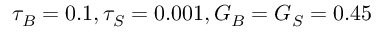
\tau _ { B } = 0 . 1 , \tau _ { S } = 0 . 0 0 1 , G _ { B } = G _ { S } = 0 . 4 5